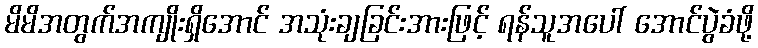
မိမိအတွက်အကျိုးရှိအောင် အသုံးချခြင်းအားဖြင့် ရန်သူအပေါ် အောင်ပွဲခံဖို့